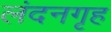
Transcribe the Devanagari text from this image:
लंदनगृह